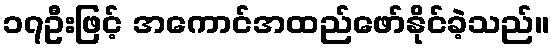
၁၇ဦးဖြင့် အကောင်အထည်ဖော်နိုင်ခဲ့သည်။